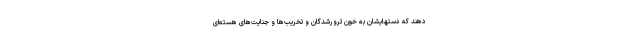
دهند که دستهایشان به خون ترورشدگان و تخریب‌ها و جنایت‌های هسته‌ای